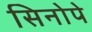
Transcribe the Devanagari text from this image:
सिनोपे